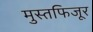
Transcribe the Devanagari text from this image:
मुस्तफिजूर